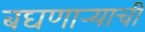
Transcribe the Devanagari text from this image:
बघणार्‍याची